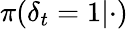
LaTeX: \pi({\delta}_{t}=1|\cdot)